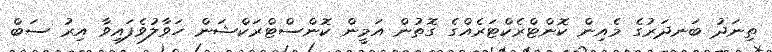
ތިނަދު ބަނދަރުގެ މެއިން ކޮންޓްރެކްޓަރެއްގެ ގޮތުން އަމީން ކޮންސްޓްރަކްޝަން ހަވާލުވެފައިވާ އިރު ސަބް